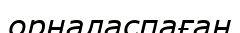
орналаспаған